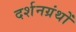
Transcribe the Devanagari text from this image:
दर्शनग्रंथों